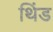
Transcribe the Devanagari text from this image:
थिंड